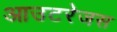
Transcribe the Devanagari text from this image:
आउटरेजस